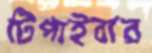
টিপাইবার